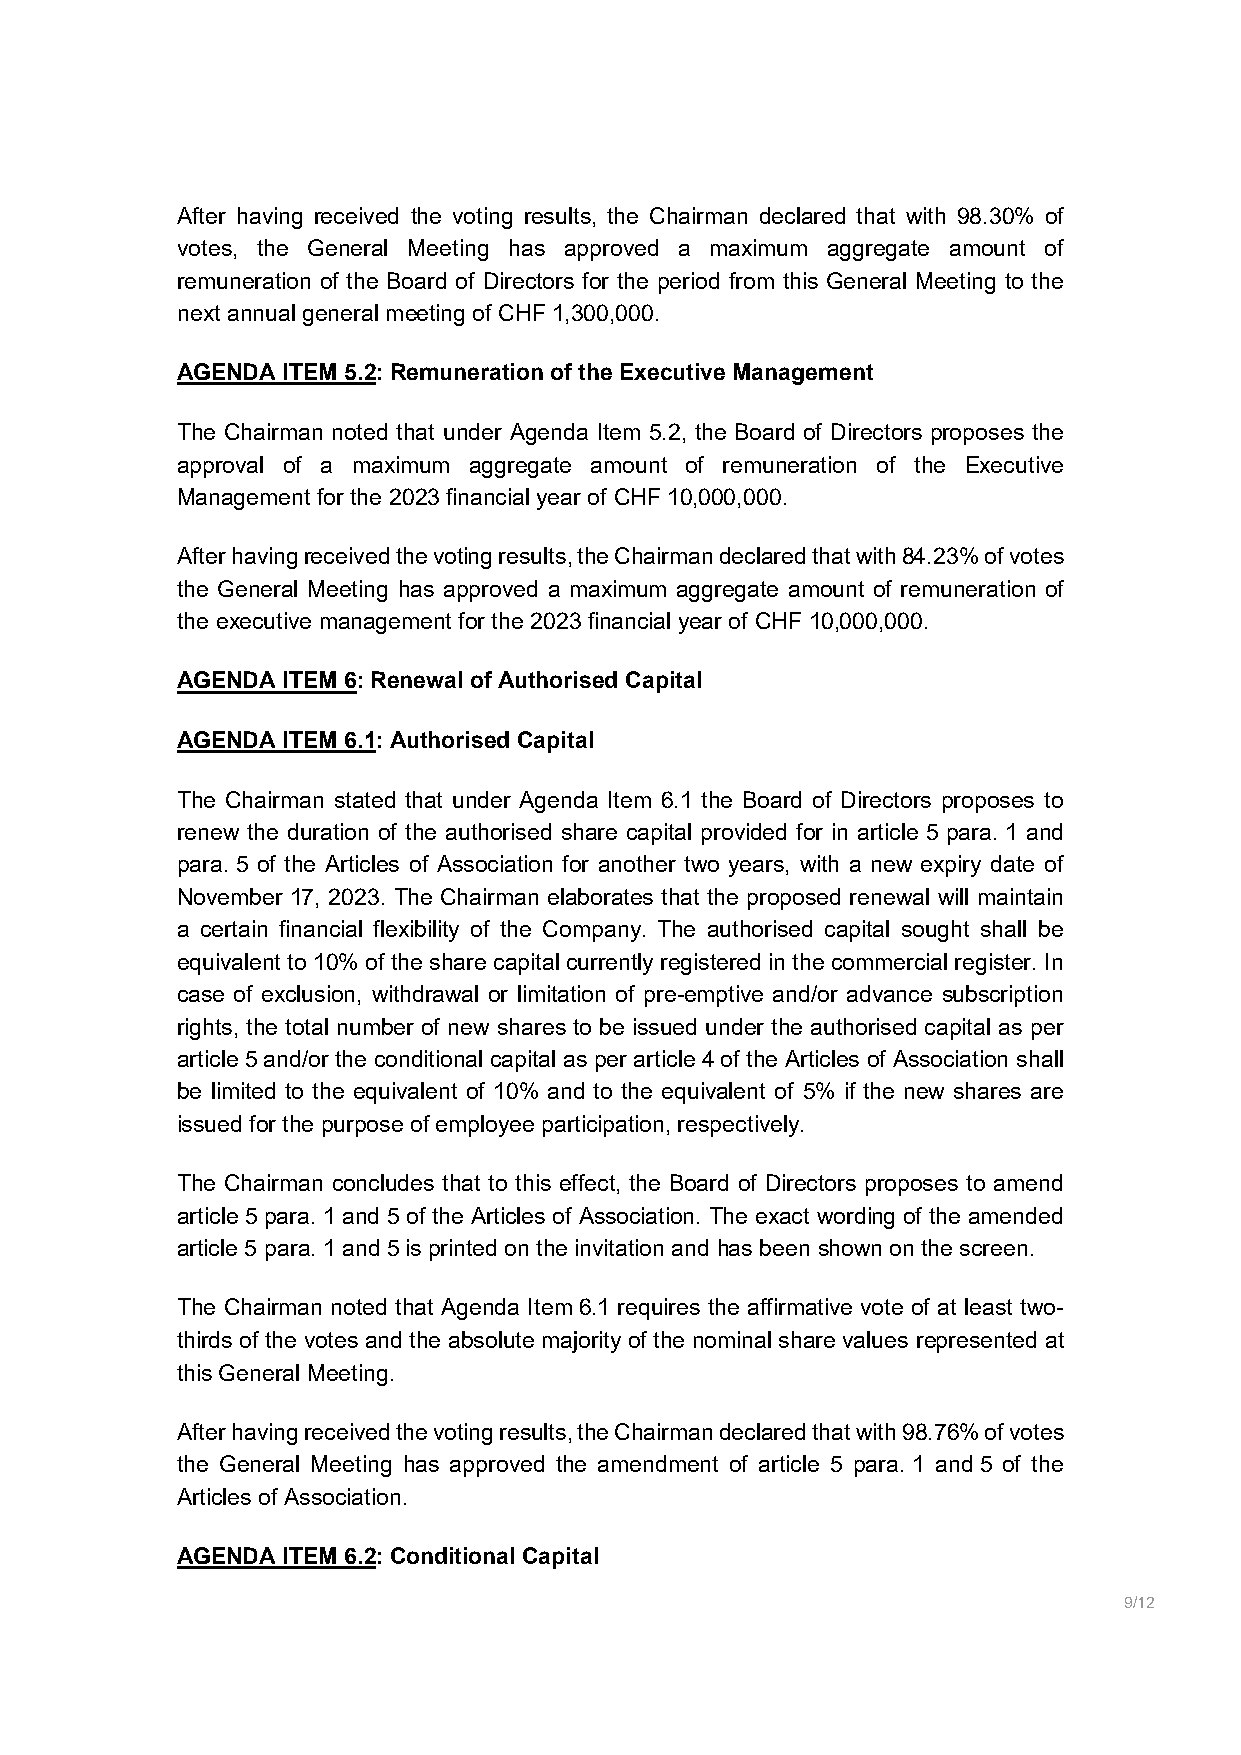
After having received the voting results, the Chairman declared that with 98.30% of
 votes, the General Meeting has approved a maximum aggregate amount of
 remuneration of the Board of Directors for the period from this General Meeting to the
 next annual general meeting of CHF 1,300,000.
 AGENDA ITEM 5.2: Remuneration of the Executive Management
 The Chairman noted that under Agenda Item 5.2, the Board of Directors proposes the
 approval of a maximum aggregate amount of remuneration of the Executive
 Management for the 2023 financial year of CHF 10,000,000.
 After having received the voting results, the Chairman declared that with 84.23% of votes
 the General Meeting has approved a maximum aggregate amount of remuneration of
 the executive management for the 2023 financial year of CHF 10,000,000.
 AGENDA ITEM 6: Renewal of Authorised Capital
 AGENDA ITEM 6.1: Authorised Capital
 The Chairman stated that under Agenda Item 6.1 the Board of Directors proposes to
 renew the duration of the authorised share capital provided for in article 5 para. 1 and
 para. 5 of the Articles of Association for another two years, with a new expiry date of
 November 17, 2023. The Chairman elaborates that the proposed renewal will maintain
 a certain financial flexibility of the Company. The authorised capital sought shall be
 equivalent to 10% of the share capital currently registered in the commercial register. In
 case of exclusion, withdrawal or limitation of pre-emptive and/or advance subscription
 rights, the total number of new shares to be issued under the authorised capital as per
 article 5 and/or the conditional capital as per article 4 of the Articles of Association shall
 be limited to the equivalent of 10% and to the equivalent of 5% if the new shares are
 issued for the purpose of employee participation, respectively.
 The Chairman concludes that to this effect, the Board of Directors proposes to amend
 article 5 para. 1 and 5 of the Articles of Association. The exact wording of the amended
 article 5 para. 1 and 5 is printed on the invitation and has been shown on the screen.
 The Chairman noted that Agenda Item 6.1 requires the affirmative vote of at least two-
 thirds of the votes and the absolute majority of the nominal share values represented at
 this General Meeting.
 After having received the voting results, the Chairman declared that with 98.76% of votes
 the General Meeting has approved the amendment of article 5 para. 1 and 5 of the
 Articles of Association.
 AGENDA ITEM 6.2: Conditional Capital
 9/12